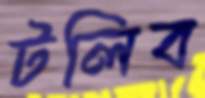
টলিব